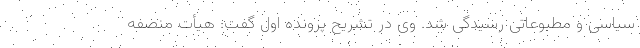
سیاسی و مطبوعاتی رسیدگی شد. وی در تشریح پرونده اول گفت: هیأت منصفه